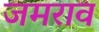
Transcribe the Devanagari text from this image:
जमराव